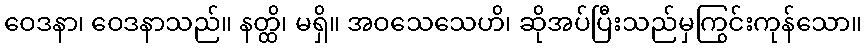
ဝေဒနာ၊ ဝေဒနာသည်။ နတ္ထိ၊ မရှိ။ အဝသေသေဟိ၊ ဆိုအပ်ပြီးသည်မှကြွင်းကုန်သော။